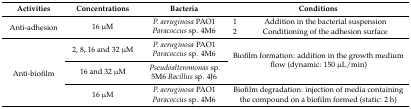
<table><thead><tr><td><b>Activities</b></td><td><b>Concentrations</b></td><td><b>Bacteria</b></td><td colspan="2"><b>Conditions</b></td></tr></thead><tbody><tr><td rowspan="2">Anti-adhesion</td><td rowspan="2">16 μM</td><td rowspan="2"><i>P. aeruginosa</i> PAO1<i>Paracoccus</i> sp. 4M6</td><td>1</td><td>Addition in the bacterial suspension</td></tr><tr><td>2</td><td>Conditioning of the adhesion surface</td></tr><tr><td rowspan="3">Anti-biofilm</td><td>2, 8, 16 and 32 μM</td><td><i>P. aeruginosa</i> PAO1<i>Paracoccus</i> sp. 4M6</td><td rowspan="2" colspan="2">Biofilm formation: addition in the growth medium flow (dynamic: 150 μL/min)</td></tr><tr><td>16 and 32 μM</td><td><i>Pseudoalteromonas</i> sp. 5M6 <i>Bacillus</i> sp. 4J6</td></tr><tr><td>16 μM</td><td><i>P. aeruginosa</i> PAO1<i>Paracoccus</i> sp. 4M6</td><td colspan="2">Biofilm degradation: injection of media containing the compound on a biofilm formed (static: 2 h)</td></tr></tbody></table>